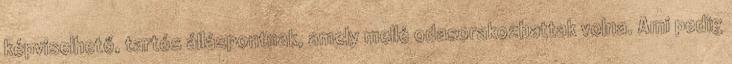
képviselhető, tartós álláspontnak, amely mellé odasorakozhattak volna. Ami pedig